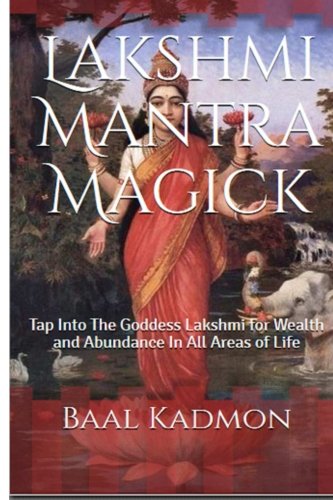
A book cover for Lakshmi Mantra Magick: Tap Into The Goddess Lakshmi for Wealth and Abundance In (Volume 7); Baal Kadmon; Religion & Spirituality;